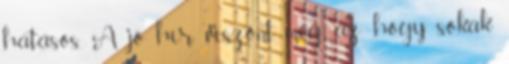
hatásos. A jó hír viszont még az, hogy sokak